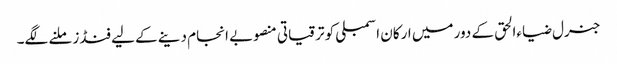
جنرل ضیاءالحق کے دور میں ارکان اسمبلی کو ترقیاتی منصوبے انجام دینے کے لیے فنڈز ملنے لگے۔